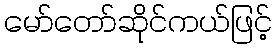
မော်တော်ဆိုင်ကယ်ဖြင့်